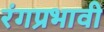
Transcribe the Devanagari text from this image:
रंगप्रभावी